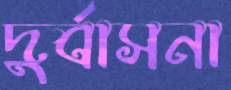
দুর্বাসনা